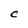
Character: C